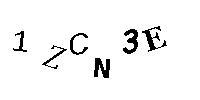
1ZCN3E